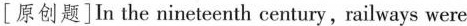
[原创题]In the ninetoenth ceotury,railways were